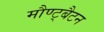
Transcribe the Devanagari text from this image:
मौण्ट्बैटन